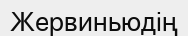
Жервиньюдің